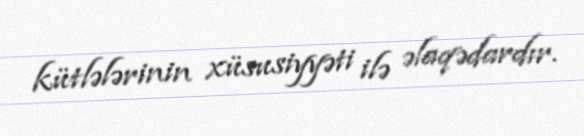
kütlələrinin xüsusiyyəti ilə əlaqədardır.